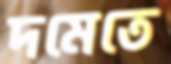
দমেতে